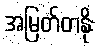
အမြတ်တနိုး